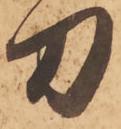
刀